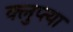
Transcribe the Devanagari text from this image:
क्लुप्त्या